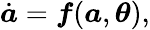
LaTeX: \dot{\boldsymbol{a}}=\boldsymbol{f}(\boldsymbol{a},\boldsymbol{\theta}),